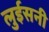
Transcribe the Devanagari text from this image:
लुईसनी